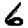
Digit: 6